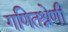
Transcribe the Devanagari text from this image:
गणितश्रेणी